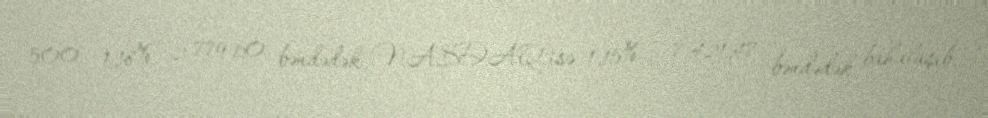
500" 1,18% - 2 779,60 bəndədək, NASDAQ isə 1,15% - 7 421,47 bəndədək bahalaşıb.